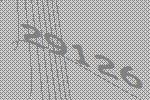
29126